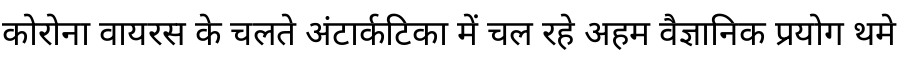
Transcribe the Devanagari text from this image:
कोरोना वायरस के चलते अंटार्कटिका में चल रहे अहम वैज्ञानिक प्रयोग थमे